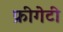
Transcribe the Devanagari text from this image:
फ्रीगेटी